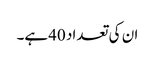
ان کی تعداد 40ہے۔